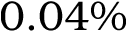
0 . 0 4 \%